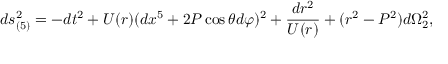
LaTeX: d s _ { ( 5 ) } ^ { 2 } = - d t ^ { 2 } + U ( r ) ( d x ^ { 5 } + 2 P \cos \theta d \varphi ) ^ { 2 } + { \frac { d r ^ { 2 } } { U ( r ) } } + ( r ^ { 2 } - P ^ { 2 } ) d \Omega _ { 2 } ^ { 2 } ,